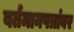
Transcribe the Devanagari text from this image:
वर्तमानपत्रांवर